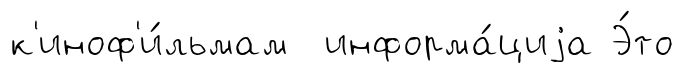
к'иноф'и́льмам информа́циjа Э́то